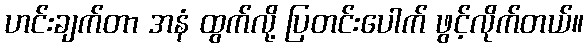
ဟင်းချက်တာ အနံ ထွက်လို့ ပြတင်းပေါက် ဖွင့်လိုက်တယ်။